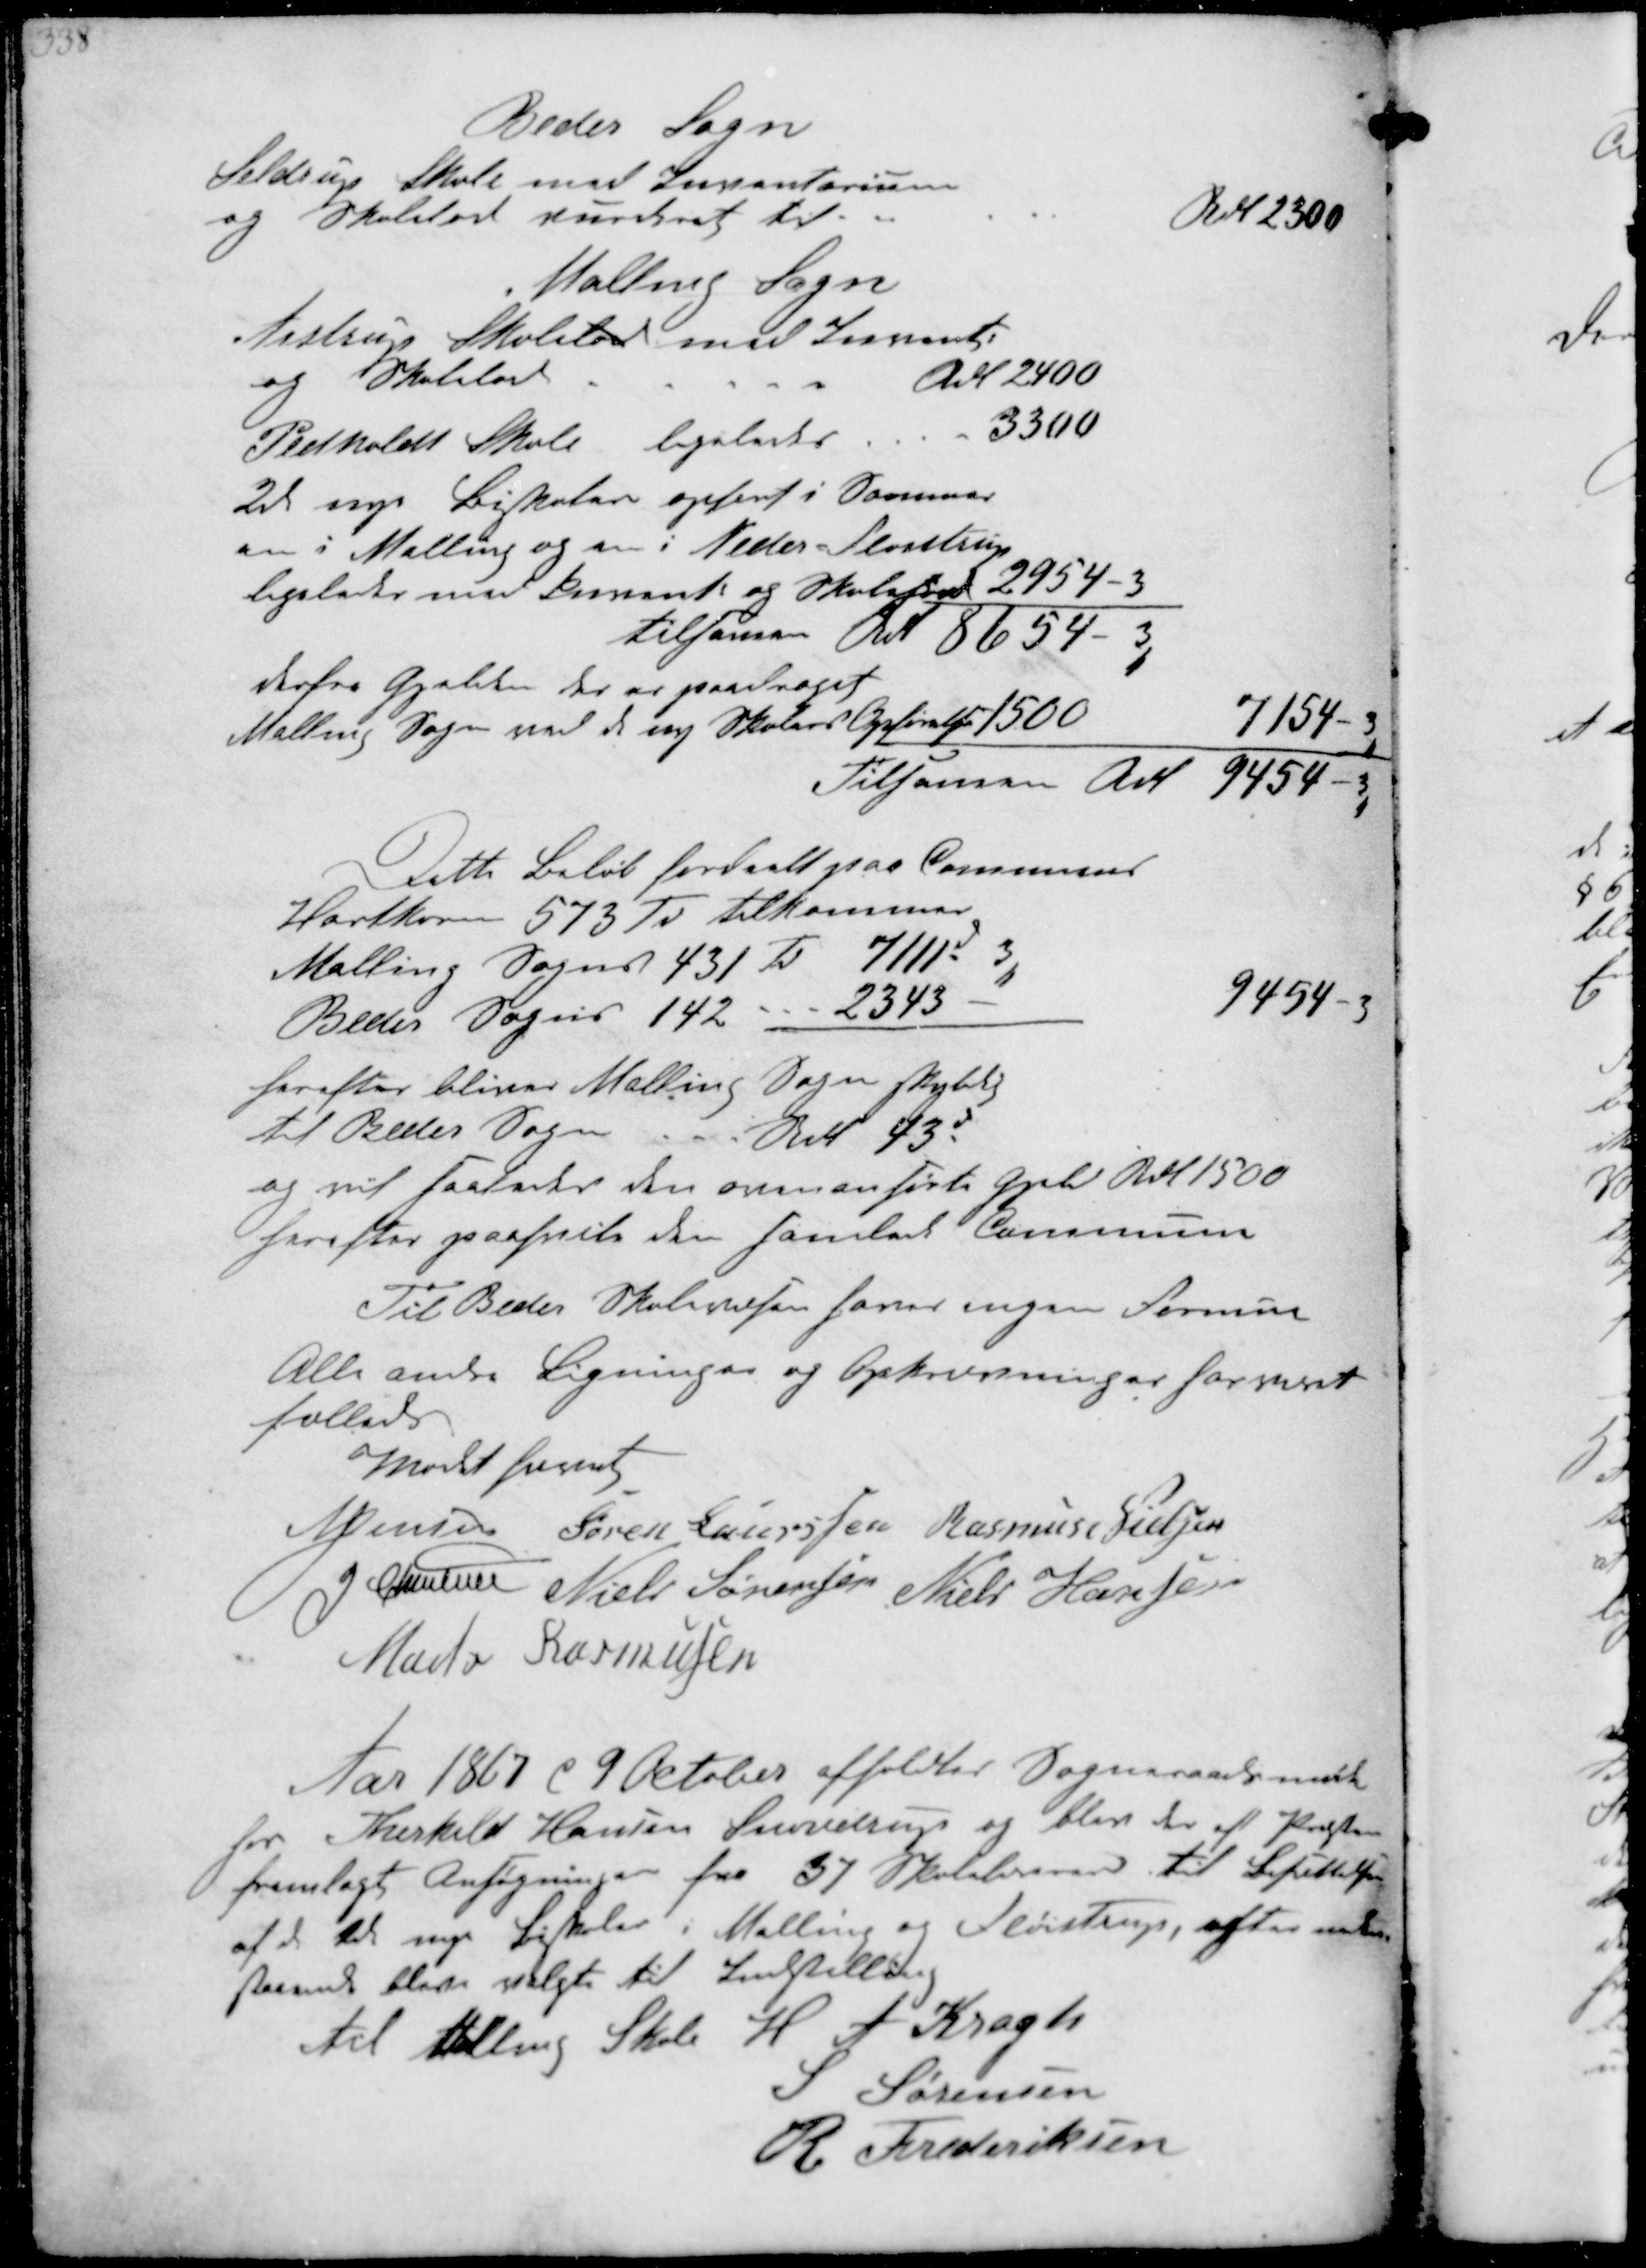
Transskription:
Beder Sogn
Seldrup skole med  
og Skolelod Pirckert til
Rdl 2300
Malling Sogn
Aistrup Skolelod med  
og Skolelod
Rdl 2400 
Pedholdt Skole ligeledes - 3300
De nye Biskoler opført i Sommer
en i Malling og en i Neder Fløistrup
ligeledes med  og Skolelod 2734 -
tilsammen Rdl 8654-3
derfra Gjælden der er paadraget
Malling Sogn med de ny Skolers Opførelse 1500 
7154 - 3
Tilsammen Rdl
9454 - 3

Dette Beløb fordeelt pas Communs
Hartkorn 573 Td tilkommer.
Malling Sogns 431 Td 7111 - 3
Beder Sogns 142 --- 2343
9454 - 3
herefter bliver Malling Sogn skyldig
til Beder Sogn. Rdl 43d
og vil saaledes den ovenanførte Gjeld Rdl 1500
herefter paahvile den samlede Commmune
Til Beder Skolevæsen hører ingen Formue
Alle andre Ligninger og Opkrævninger  
fælleds
Mødet hævet
N Jensen Søren Sørensen Rasmus Nielsen
J Christensen Niels Sørensen Niels Hansen
Mads Rasmussen

Aar 1867 d 9 October afholdtes Sogneraadsmøde
hos Therkild Hansen Synnedrup og blev der af Præsten
fremlagt Ansøgningen fra 37 Skolelærere til Besættelsen
af de 2 nye Bistoler i Malling og Fløistrup, efter  
 bleve valgte til Indstilling
til Malling Skole H A Kragh
S Sørensen
R Frederiksen